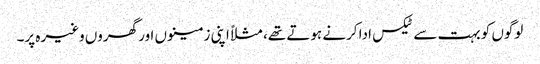
‏ لوگوں کو بہت سے ٹیکس ادا کرنے ہوتے تھے،‏ مثلاً اپنی زمینوں اور گھروں وغیرہ پر۔